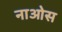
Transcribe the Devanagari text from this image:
नाओस